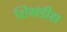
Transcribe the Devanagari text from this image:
शिखंडीस